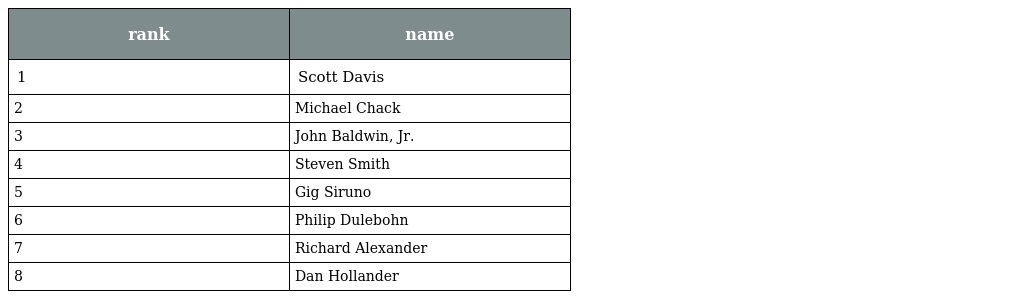
| rank | name |
 | --- | --- |
 | 1 | Scott Davis |
 | 2 | Michael Chack |
 | 3 | John Baldwin, Jr. |
 | 4 | Steven Smith |
 | 5 | Gig Siruno |
 | 6 | Philip Dulebohn |
 | 7 | Richard Alexander |
 | 8 | Dan Hollander |